Report of the Indian Hemp Drugs Commission, 1894-1895 - Volume I
Year: 1894
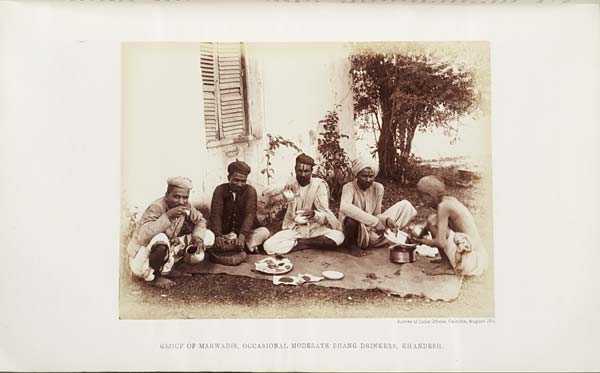
Survey of India Offices, Calcutta, August 1894.
GROUP OF MARWADIS, OCCASIONAL MODERATE BHANG DRINKERS, KHANDESH.